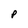
Character: P